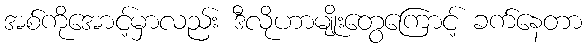
အစ်ကိုအောင့်မှာလည်း ဒီလိုဟာမျိုးတွေကြောင့် ခက်နေတာ